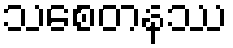
သစေတနဿ